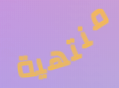
منتهية